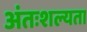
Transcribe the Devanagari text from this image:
अंतःशल्यता